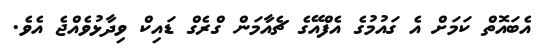
އެބައޮތް ކަމަށް އެ ގައުމުގެ އެފްއޭގެ ޗެއާމަން ގްރެގް ޑައިކް ވިދާޅުވެއްޖެ އެވެ.